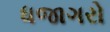
ધજાગરો